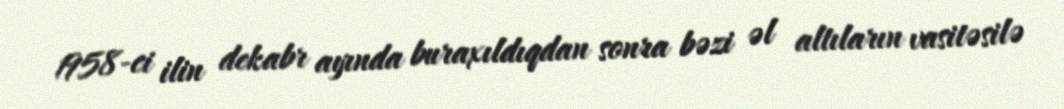
1958-ci ilin dekabr ayında buraxıldıqdan sonra bəzi əl altıların vasitəsilə